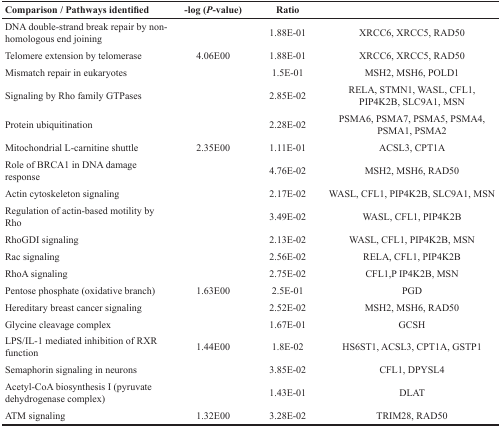
<table><thead><tr><td><b>Comparison / Pathways identified</b></td><td><b>−log (<i>P</i>-value)</b></td><td><b>Ratio</b></td><td>[EMPTY_CELL]</td></tr></thead><tbody><tr><td>DNA double-strand break repair by non-homologous end joining</td><td>[EMPTY_CELL]</td><td>1.88E-01</td><td>XRCC6, XRCC5, RAD50</td></tr><tr><td>Telomere extension by telomerase</td><td>4.06E00</td><td>1.88E-01</td><td>XRCC6, XRCC5, RAD50</td></tr><tr><td>Mismatch repair in eukaryotes</td><td>[EMPTY_CELL]</td><td>1.5E-01</td><td>MSH2, MSH6, POLD1</td></tr><tr><td>Signaling by Rho family GTPases</td><td>[EMPTY_CELL]</td><td>2.85E-02</td><td>RELA, STMN1, WASL, CFL1, PIP4K2B, SLC9A1, MSN</td></tr><tr><td>Protein ubiquitination</td><td>[EMPTY_CELL]</td><td>2.28E-02</td><td>PSMA6, PSMA7, PSMA5, PSMA4, PSMA1, PSMA2</td></tr><tr><td>Mitochondrial L-carnitine shuttle</td><td>2.35E00</td><td>1.11E-01</td><td>ACSL3, CPT1A</td></tr><tr><td>Role of BRCA1 in DNA damage response</td><td>[EMPTY_CELL]</td><td>4.76E-02</td><td>MSH2, MSH6, RAD50</td></tr><tr><td>Actin cytoskeleton signaling</td><td>[EMPTY_CELL]</td><td>2.17E-02</td><td>WASL, CFL1, PIP4K2B, SLC9A1, MSN</td></tr><tr><td>Regulation of actin-based motility by Rho</td><td>[EMPTY_CELL]</td><td>3.49E-02</td><td>WASL, CFL1, PIP4K2B</td></tr><tr><td>RhoGDI signaling</td><td>[EMPTY_CELL]</td><td>2.13E-02</td><td>WASL, CFL1, PIP4K2B, MSN</td></tr><tr><td>Rac signaling</td><td>[EMPTY_CELL]</td><td>2.56E-02</td><td>RELA, CFL1, PIP4K2B</td></tr><tr><td>RhoA signaling</td><td>[EMPTY_CELL]</td><td>2.75E-02</td><td>CFL1,P IP4K2B, MSN</td></tr><tr><td>Pentose phosphate (oxidative branch)</td><td>1.63E00</td><td>2.5E-01</td><td>PGD</td></tr><tr><td>Hereditary breast cancer signaling</td><td>[EMPTY_CELL]</td><td>2.52E-02</td><td>MSH2, MSH6, RAD50</td></tr><tr><td>Glycine cleavage complex</td><td>[EMPTY_CELL]</td><td>1.67E-01</td><td>GCSH</td></tr><tr><td>LPS/IL-1 mediated inhibition of RXR function</td><td>1.44E00</td><td>1.8E-02</td><td>HS6ST1, ACSL3, CPT1A, GSTP1</td></tr><tr><td>Semaphorin signaling in neurons</td><td>[EMPTY_CELL]</td><td>3.85E-02</td><td>CFL1, DPYSL4</td></tr><tr><td>Acetyl-CoA biosynthesis I (pyruvate dehydrogenase complex)</td><td>[EMPTY_CELL]</td><td>1.43E-01</td><td>DLAT</td></tr><tr><td>ATM signaling</td><td>1.32E00</td><td>3.28E-02</td><td>TRIM28, RAD50</td></tr></tbody></table>